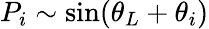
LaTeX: P_{i}\sim\sin(\theta_{L}+\theta_{i})